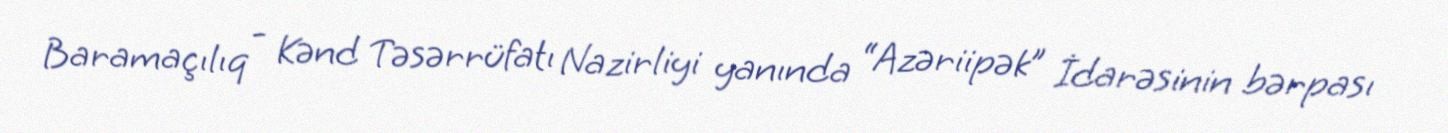
Baramaçılıq - Kənd Təsərrüfatı Nazirliyi yanında “Azəriipək” İdarəsinin bərpası